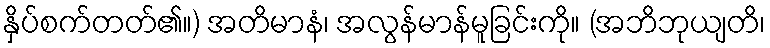
နှိပ်စက်တတ်၏။) အတိမာနံ၊ အလွန်မာန်မူခြင်းကို။ (အဘိဘုယျတိ၊